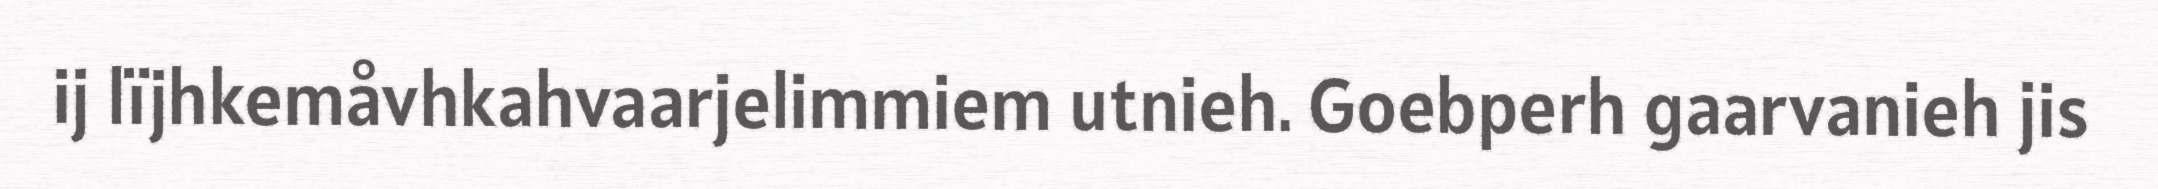
ij lïjhkemåvhkahvaarjelimmiem utnieh. Goebperh gaarvanieh jis